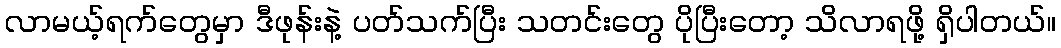
လာမယ့်ရက်တွေမှာ ဒီဖုန်းနဲ့ ပတ်သက်ပြီး သတင်းတွေ ပိုပြီးတော့ သိလာရဖို့ ရှိပါတယ်။